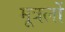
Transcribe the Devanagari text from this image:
मूत्रलों